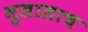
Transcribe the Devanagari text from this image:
मुलालाच